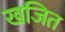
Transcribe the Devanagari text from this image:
खजित